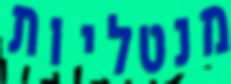
מנטליות